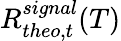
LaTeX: R_{theo,t}^{signal}(T)